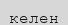
келен